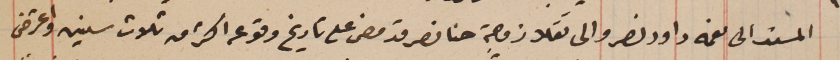
المسند الى نعمه داود نصر والى تقلا زوجة حنا نصر قد مضى على تاريخ وقوعه اكثر من ثلاث سنين واعترض